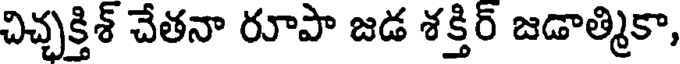
చిచ్చక్తిశ్ చేతనా రూపా జడ శక్తిర్ జడాత్మికా,